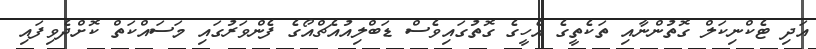
އަދި ޓެކްނިކަލް ގޮތުންނާއި ތަކެތީގެ އެހީގެ ގޮތުގައިވެސް ޑަބްލިއުއެޗްއޯގެ ފެންވަރުގައި މަސައްކަތް ކޮށްދެވިފައި